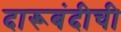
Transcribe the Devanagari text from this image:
दारूबंदीची